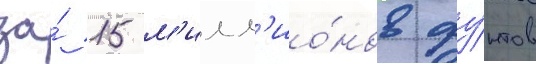
за́ 15 м'илл'ио́нов фу́нтов